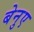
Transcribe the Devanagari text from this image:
बेनुए